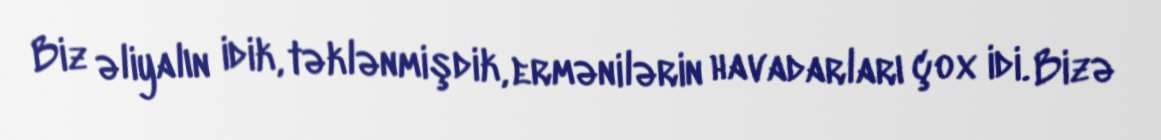
Biz əliyalın idik, təklənmişdik, ermənilərin havadarları çox idi. Bizə